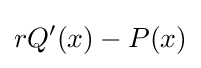
rQ'(x)-P(x)